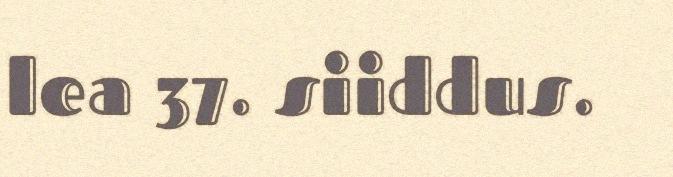
lea 37. siiddus.